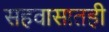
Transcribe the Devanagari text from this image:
सहवासातही